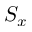
S _ { x }